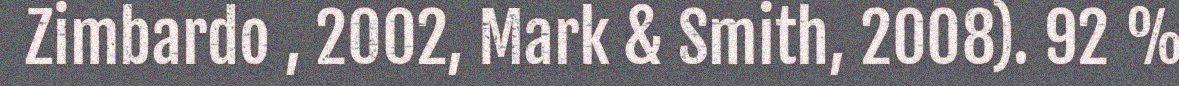
Zimbardo , 2002, Mark & Smith, 2008). 92 %